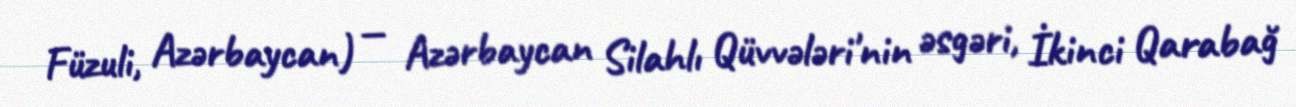
Füzuli, Azərbaycan) — Azərbaycan Silahlı Qüvvələri'nin əsgəri, İkinci Qarabağ